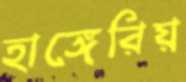
হাঙ্গেরিয়